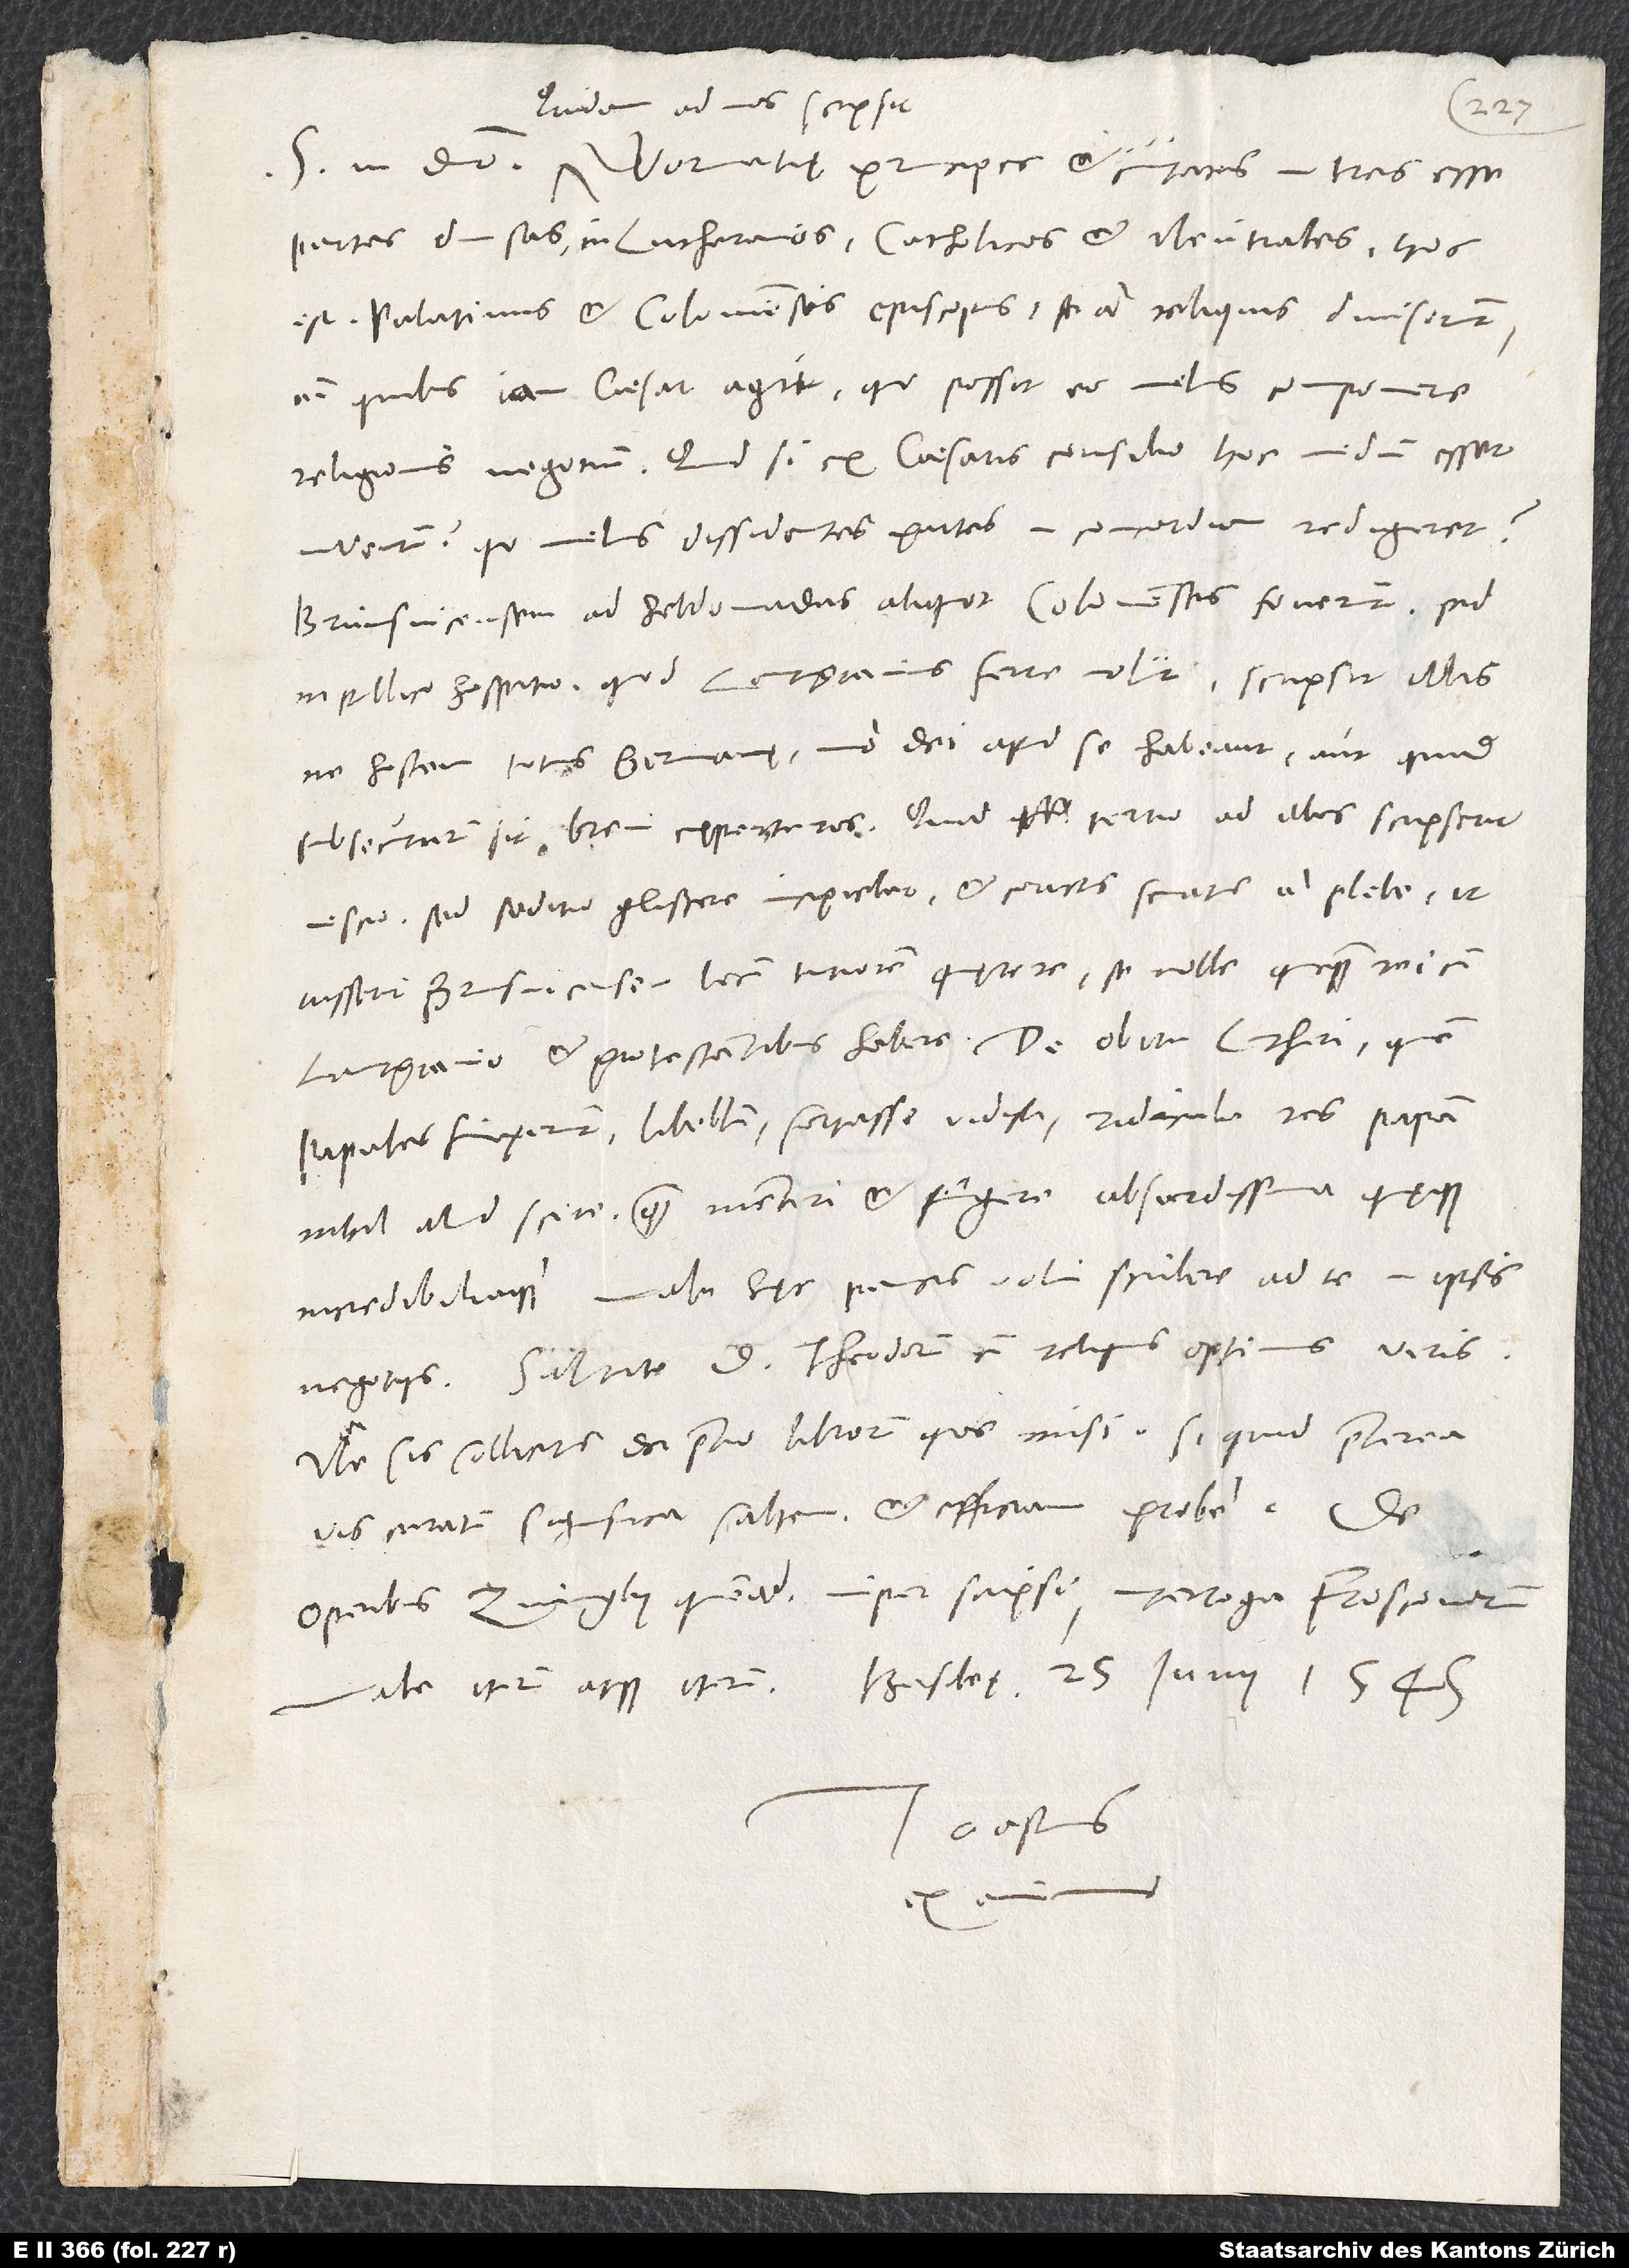
Quidam ad nos scripsit
partes divisas: in Lutheranos, catholicos et neutrales, hoc
est Palatinus et Coloniensis episcopus. Se a reliquis diviserunt;
cum quibus iam caesar agit, quo possit eo melius componere
religionis negotium. Quid, si ex caesaris consilio hoc medium esset
inventum, quo melius dissidentes partes in concordiam redigeret?
Brunsvicensem ad hebdomadas aliquot Colonienses foverunt, sed
in publico hospitio, quod lantgravius ferre noluit. Scripsit illis,
ne hostem totius Germanię, imo dei apud se habeant aut, quid
nescio; sed seditio gliscere incipiebat et coactus senatus a plebe, ut
iusserit Brunsvicensem locum tutiorem quęrere; se nolle quicquam rei cum
papales finxerunt, libellum fortasse vidisti; ridicula res! Papam
nihil aliud scire quam mentiri et fingere absurdissima quęque
negotiis. Salutato d. Theodorum cum reliquis optimis viris.
Ne sis sollicitus de pretio librorum, quos misi. Si quid praeterea
vis curatum, significa saltem et efficiam probe. De
operibus Zvinglii quemadmodum nuper scripsi, interroga Froscoverum.
Tuus Gastius